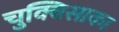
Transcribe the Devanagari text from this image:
चुक्विसाका